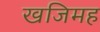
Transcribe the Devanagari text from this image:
खजिमह